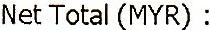
NET TOTAL (MYR) :